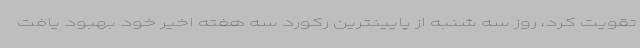
تقویت کرد، روز سه شنبه از پایینترین رکورد سه هفته اخیر خود بهبود یافت